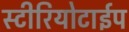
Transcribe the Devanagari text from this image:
स्टीरियोटाईप